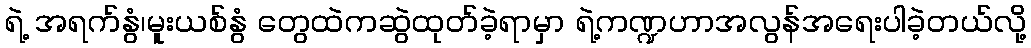
ရဲ့ အရက်နွံ၊မူးယစ်နွံ တွေထဲကဆွဲထုတ်ခဲ့ရာမှာ ရဲ့ကဏ္ဍဟာအလွန်အရေးပါခဲ့တယ်လို့